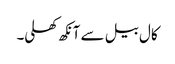
کال بیل سے آنکھ کھلی۔